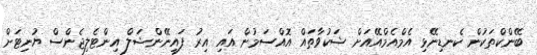
ބޭންކްތަކުން ކެނޑިނޭޅި އެމްއެމްއޭއަށް ޝަކުވާތައް އޮއްސަމުން އައި އިރު ފައިނޭންޝަލް އިންޓެލިޖެންސް ޔުނިޓަށް